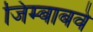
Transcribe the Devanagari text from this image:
जिम्बाबवे